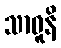
သာဓူနိ